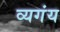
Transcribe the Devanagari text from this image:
व्यगंय